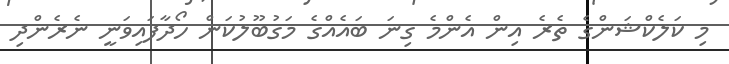
މި ކަލެކްޝަންގެ ތެރެ އިން އެންމެ ގިނަ ބައެއްގެ މަގުބޫލުކަން ހޯދާފައިވަނީ ނެރެންދި